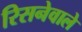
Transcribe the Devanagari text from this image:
रिसनेवाले